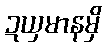
ဍယှမာနမှိ